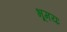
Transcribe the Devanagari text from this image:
भूमयः